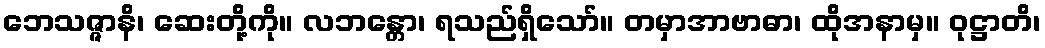
ဘေသဇ္ဇာနိ၊ ဆေးတို့ကို။ လဘန္တော၊ ရသည်ရှိသော်။ တမှာအာဗာဓာ၊ ထိုအနာမှ။ ဝုဋ္ဌာတိ၊